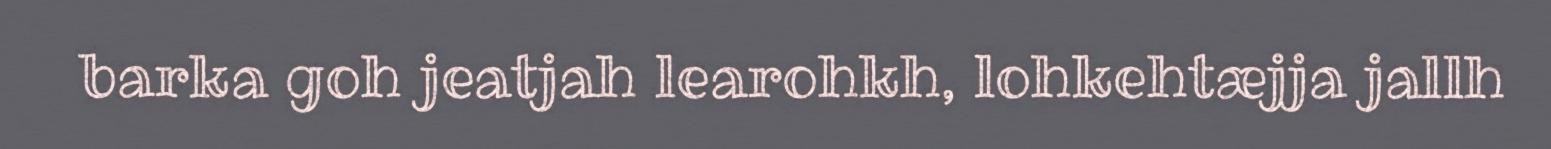
barka goh jeatjah learohkh, lohkehtæjja jallh